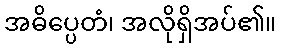
အဓိပ္ပေတံ၊ အလိုရှိအပ်၏။